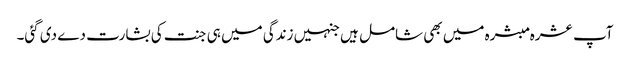
آپ عشرہ مبشرہ میں بھی شامل ہیں جنہیں زندگی میں ہی جنت کی بشارت دے دی گئی۔